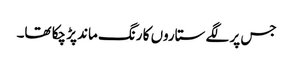
جس پر لگے ستاروں کا رنگ ماند پڑ چکا تھا۔